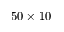
5 0 \times 1 0